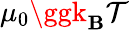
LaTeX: \mu_{0}\ggk_{\mathbf{B}}\mathcal{{T}}